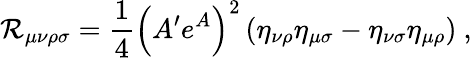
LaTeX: \mathcal{R}_{\mu\nu\rho\sigma}=\frac{{1}}{{4}}\left(A^{\prime}e^{A}\right)^{2}\left(\eta_{\nu\rho}\eta_{\mu\sigma}-\eta_{\nu\sigma}\eta_{\mu\rho}\right)~,